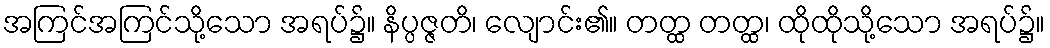
အကြင်အကြင်သို့သော အရပ်၌။ နိပ္ပဇ္ဇတိ၊ လျောင်း၏။ တတ္ထ တတ္ထ၊ ထိုထိုသို့သော အရပ်၌။